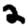
Digit: 2